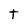
Character: t